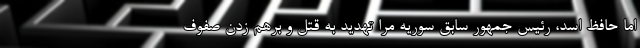
اما حافظ اسد، رئیس‌ جمهور سابق سوریه مرا تهدید به قتل و برهم زدن صفوف